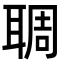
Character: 䎻